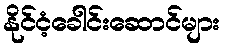
နိုင်ငံ့ခေါင်းဆောင်များ